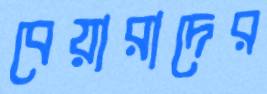
বেয়ারাদের